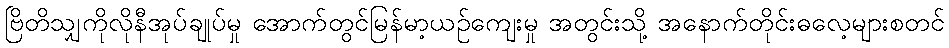
ဗြိတိသျှကိုလိုနီအုပ်ချုပ်မှု အောက်တွင်မြန်မာ့ယဉ်ကျေးမှု အတွင်းသို့ အနောက်တိုင်းဓလေ့များစတင်